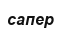
сапер